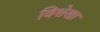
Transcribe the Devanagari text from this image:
विशेखा